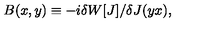
B ( x , y ) \equiv - i \delta W \lbrack J \rbrack / \delta J ( y x ) ,